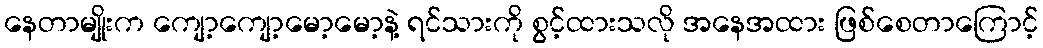
နေတာမျိုးက ကျော့ကျော့မော့မော့နဲ့ ရင်သားကို စွင့်ထားသလို အနေအထား ဖြစ်စေတာကြောင့်